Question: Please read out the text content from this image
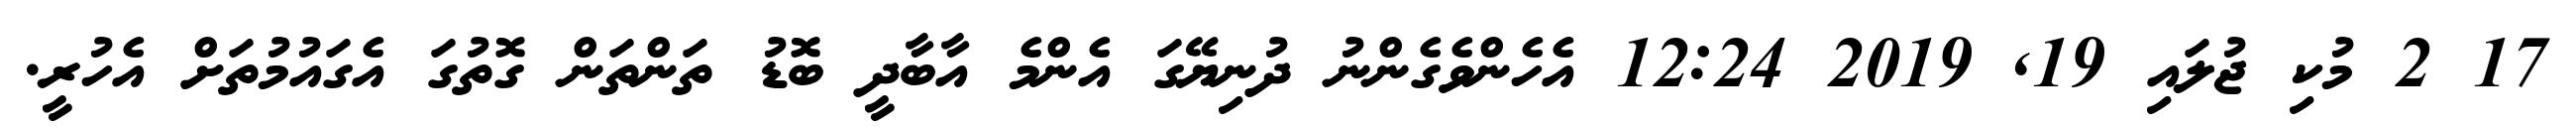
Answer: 17 2 މުކި ޖުލައި 19, 2019 12:24 އެހެންވެގެންނު ދުނިޔޭގަ އެންމެ އާބާދީ ބޮޑު ތަންތަން ގޮތުގަ އެގައުމުތަށް އެހުރީ.